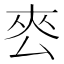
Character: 𭆜